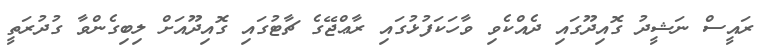
ރައީސް ނަޝީދު ގޮއިދޫގައި ދެއްކެވި ވާހަކަފުޅުގައި ރާޢްޖޭގެ ޗާޓުގައި ގޮއިދޫއަށް ލިބިގެންވާ ގުދުރަތީ